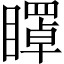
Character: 𥋽